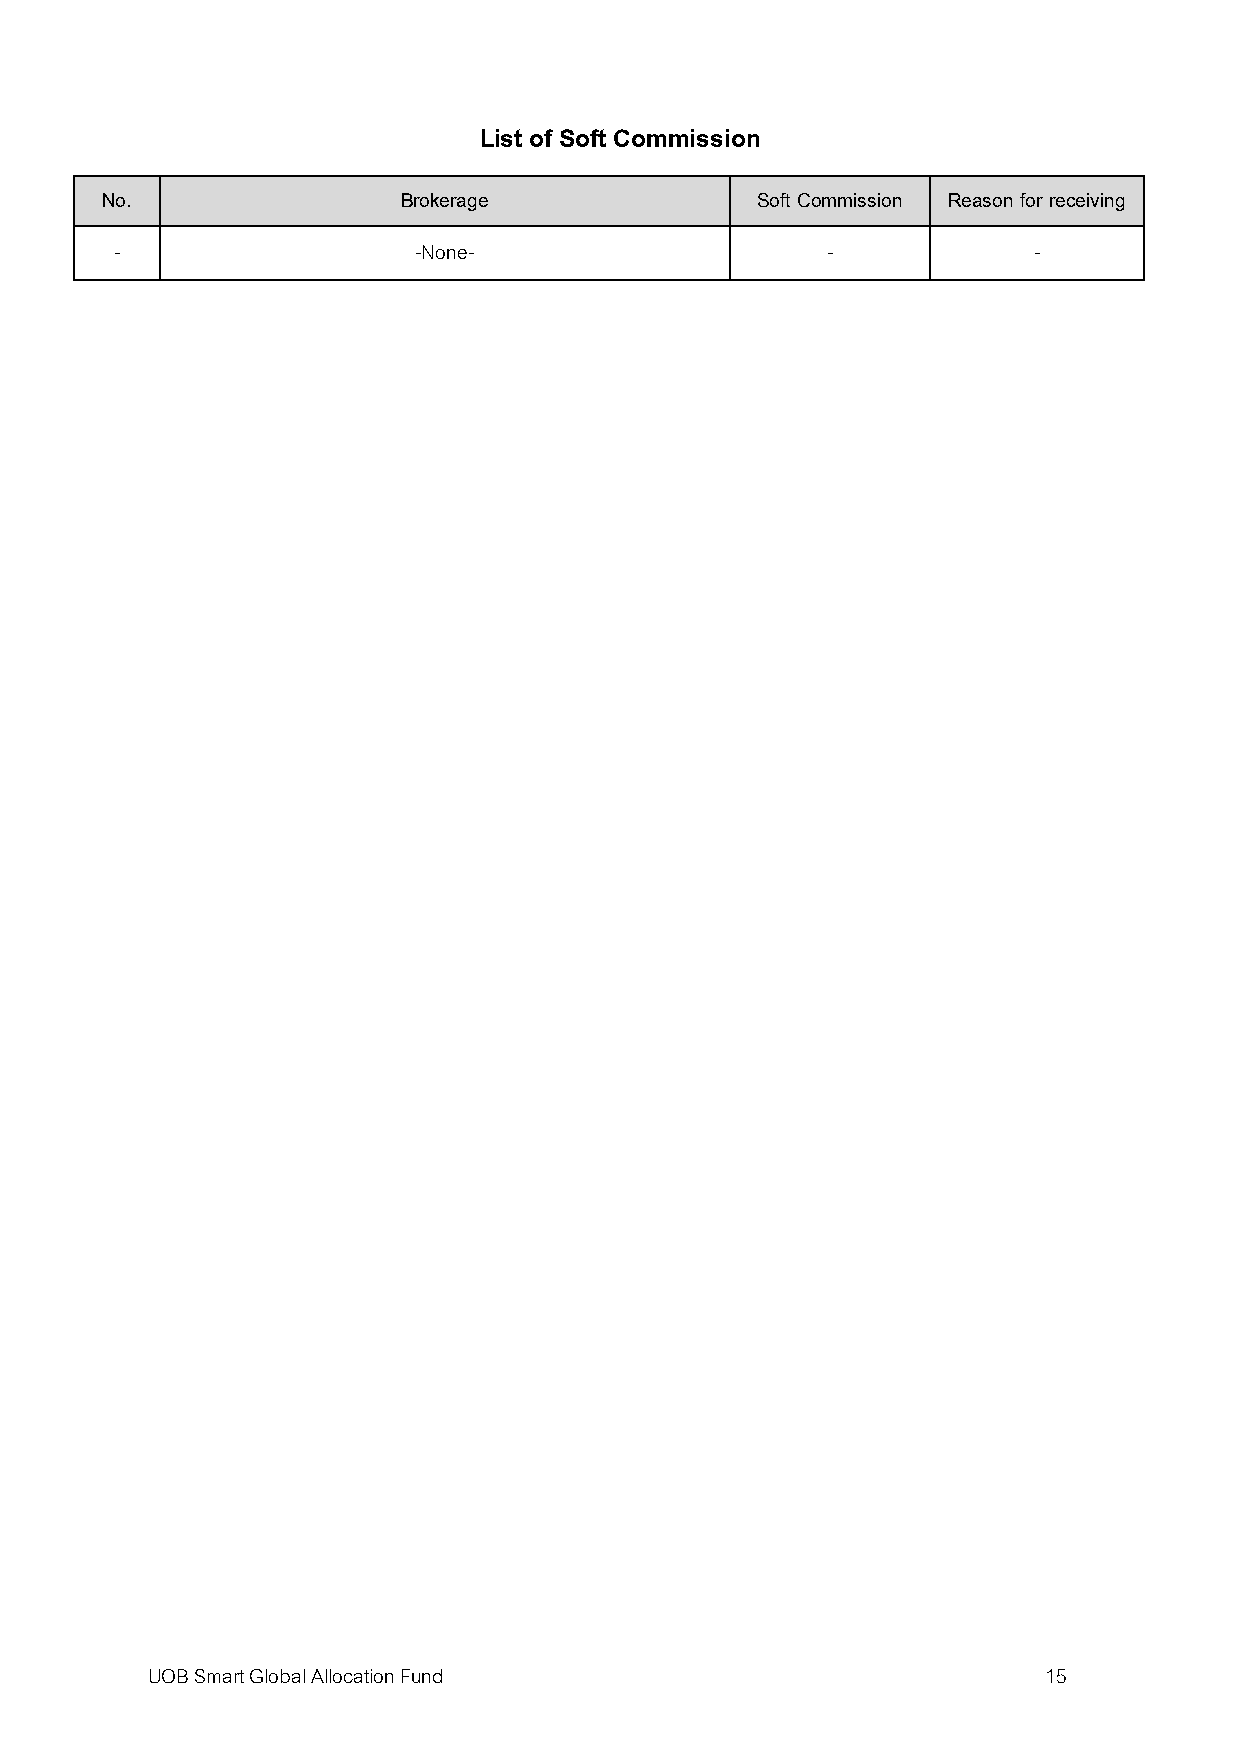
List of Soft Commission
 No.                 Brokerage              Soft Commission Reason for receiving
 -                   -None-                     -            -
 UOB Smart Global Allocation Fund                           15